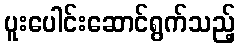
ပူးပေါင်းဆောင်ရွက်သည့်